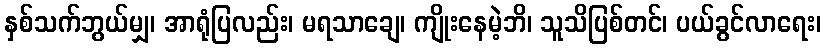
နှစ်သက်ဘွယ်မျှ၊ အာရုံပြလည်း၊ မရသာချေ၊ ကျိုးနေမဲ့ဘိ၊ သူသိပြစ်တင်၊ ပယ်ခွင်လာရေး၊